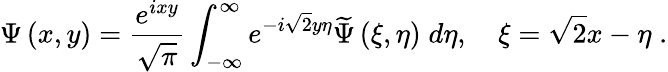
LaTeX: \Psi\left(x,y\right)=\frac{e^{ixy}}{\sqrt{\pi}}\int_{-\infty}^{\infty}e^{-i\sqrt{2}y\eta}\widetilde{\Psi}\left(\xi,\eta\right)\; d\eta,\quad\xi=\sqrt{2}x-\eta\; .